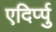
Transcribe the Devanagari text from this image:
एदिर्प्पु